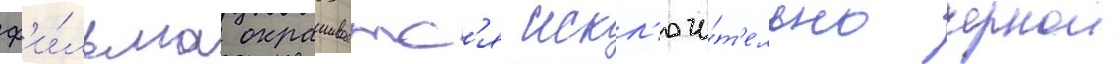
ф'и́льма окрашиваетс'я искл'ючи́т'ельно чернои